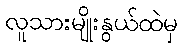
လူသားမျိုးနွယ်ထဲမှ